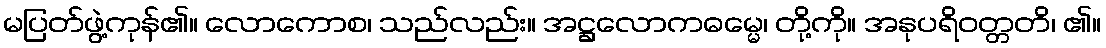
မပြတ်ဖွဲ့ကုန်၏။ လောကောစ၊ သည်လည်း။ အဋ္ဌလောကဓမ္မေ၊ တို့ကို။ အနုပရိဝတ္တတိ၊ ၏။